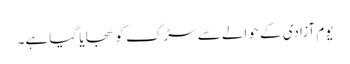
یوم آزادی کے حوالے سے سڑک کو سجایا گیا ہے۔